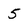
Character: 5